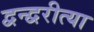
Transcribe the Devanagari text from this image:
द्वन्द्वरीत्या